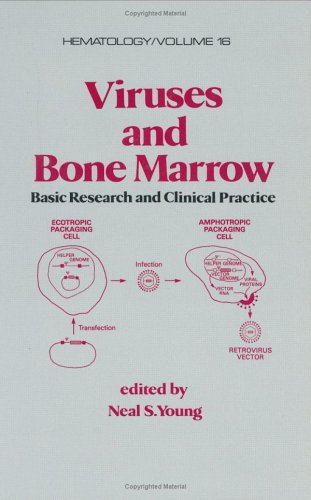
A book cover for Viruses and Bone Marrow: Basic Research and Clinical Practice (Hematology); Medical Books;